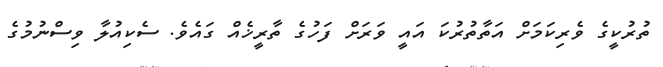
ތުރުކީގެ ވެރިކަމަށް އަތާތުރުކަ އައީ ވަރަށް ފަހުގެ ތާރީޚެއް ގައެވެ. ސެކިއުލާ ވިސްނުމުގެ